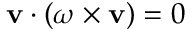
{ \bf { v } } \cdot ( \omega \times { \bf { v } } ) = 0